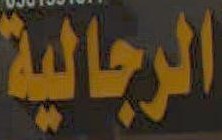
الرجالية